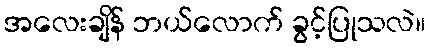
အလေးချိန် ဘယ်လောက် ခွင့်ပြုသလဲ။